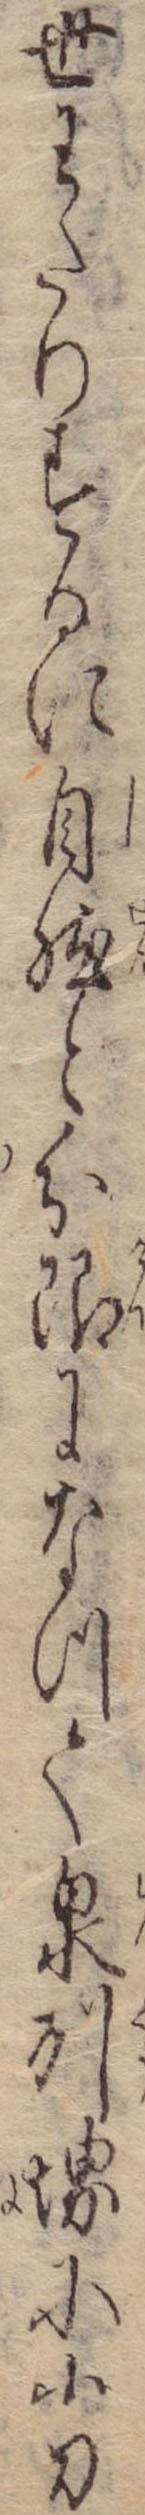
世わたりするに自然と分限になつて泉州堺に小刀